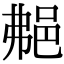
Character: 𨚭